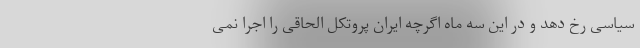
سیاسی رخ دهد و در این سه ماه اگرچه ایران پروتکل الحاقی را اجرا نمی